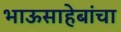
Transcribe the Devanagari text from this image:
भाऊसाहेबांचा